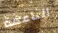
الناعمة